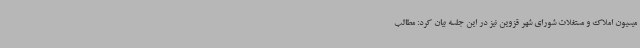
میسیون املاک و مستغلات شورای شهر قزوین نیز در این جلسه بیان کرد: مطالب